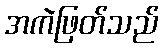
အကဲဖြတ်သည်